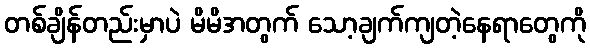
တစ်ချိန်တည်းမှာပဲ မိမိအတွက် သော့ချက်ကျတဲ့နေရာတွေကို